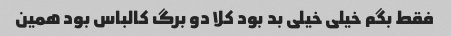
فقط بگم خیلی خیلی بد بود کلا دو برگ کالباس بود همین